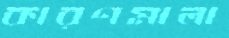
কারণমালা